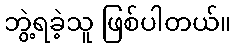
ဘွဲ့ရခဲ့သူ ဖြစ်ပါတယ်။